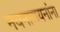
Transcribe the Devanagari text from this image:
नवनारायनांना